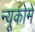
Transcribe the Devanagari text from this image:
न्यूकोमें